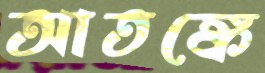
আতঙ্কে